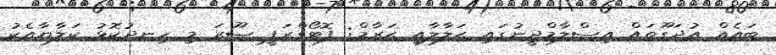
ބައެއް އުދަގޫތައް އިސްލާމްދީނުގައި ޙަލާލާއި ޙަރާމް: ފޮޓޯގްރަފީ ޞޫރަ މި ހިނދުކޮޅު ކަލާޔާއެކު